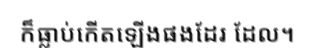
ក៏ធ្លាប់កើតឡើងផងដែរ ដែល។